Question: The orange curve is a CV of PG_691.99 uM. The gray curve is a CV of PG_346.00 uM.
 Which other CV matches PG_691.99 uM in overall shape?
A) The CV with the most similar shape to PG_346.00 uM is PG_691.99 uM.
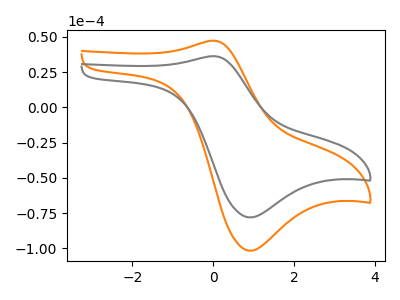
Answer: <think>The orange curve "PG_691.99 uM" has an anodic peak at (0.05V, 47.30uA) and a cathodic peak at (0.90V, -101.75uA). The gray curve "PG_346.00 uM" has an anodic peak at (0.05V, 36.30uA) and a cathodic peak at (0.90V, -78.10uA).
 All the peaks in "PG_691.99 uM" have a peak in "PG_346.00 uM" at the same potential. Every peak in "PG_691.99 uM" is higher than every peak in "PG_346.00 uM".</think>
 <answer>A) The CV with the most similar shape to "PG_346.00 uM" is "PG_691.99 uM".</answer>
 <eval>A</eval>